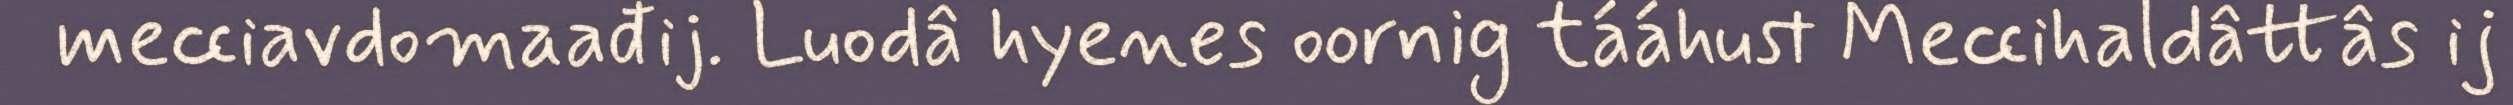
mecciavdomaađij. Luodâ hyenes oornig tááhust Meccihaldâttâs ij